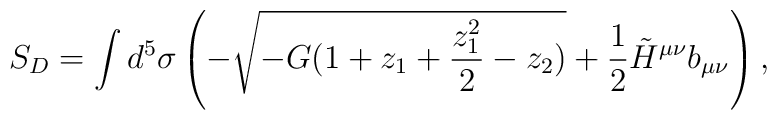
S_D =  \int d^{5}\sigma   \left( -  \sqrt{ - G ( 1 + z_1 + {z_1^2 \over 2} - z_2 ) } + {1 \over 2} \tilde H^{\mu\nu} b_{\mu\nu} \right),